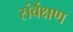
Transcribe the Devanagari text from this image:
संर्वेक्षण